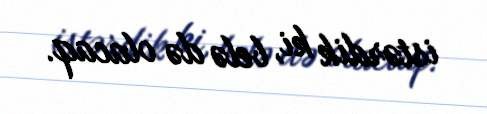
istərdik ki, belə də olacaq.